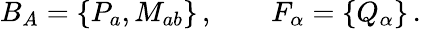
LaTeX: B_{A}=\{ P_{a},M_{ab}\} \, ,\qquad F_{\alpha}=\{ Q_{\alpha}\} \, .